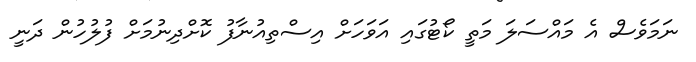
ނަމަވެސް އެ މައްސަލަ މަތީ ކޯޓުގައި އަވަހަށް އިސްތިއުނާފު ކޮށްދިނުމަށް ފުލުހުން ދަނީ